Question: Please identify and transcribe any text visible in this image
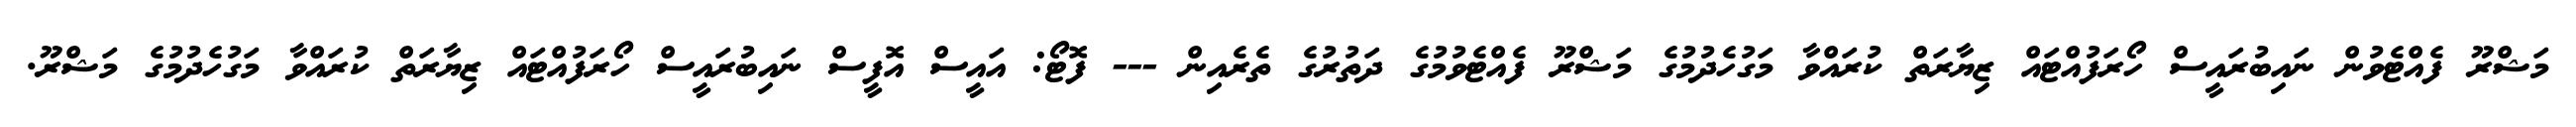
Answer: މަޝްރޫ ފެއްޓެވުން ނައިބުރައީސް ހޯރަފުއްޓައް ޒިޔާރަތް ކުރައްވާ މަގުހެދުމުގެ މަޝްރޫ ފެއްޓެވުމުގެ ދަތުރުގެ ތެރެއިން --- ފޮޓޯ: އައީސް އޮފީސް ނައިބުރައީސް ހޯރަފުއްޓައް ޒިޔާރަތް ކުރައްވާ މަގުހެދުމުގެ މަޝްރޫ.